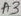
Text: A3